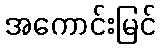
အကောင်းမြင်